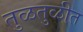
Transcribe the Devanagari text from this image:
तुळतुळीत